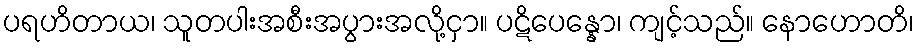
ပရဟိတာယ၊ သူတပါးအစီးအပွားအလို့ငှာ။ ပဋိပေန္နော၊ ကျင့်သည်။ နောဟောတိ၊